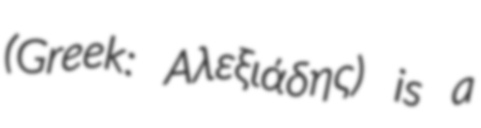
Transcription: (Greek: Αλεξιάδης) is a